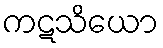
ကဋသိယော